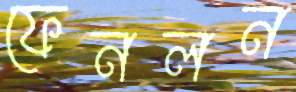
ফেনলন